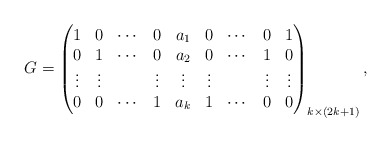
\begin{align*}G=\begin{pmatrix}1 & 0 & \cdots & 0 & a_1 & 0 & \cdots & 0 & 1\\0 & 1 & \cdots & 0 & a_2 & 0 & \cdots & 1 & 0\\\vdots & \vdots & & \vdots & \vdots & \vdots & & \vdots & \vdots \\0 & 0 & \cdots & 1 & a_k & 1 & \cdots & 0 & 0\\\end{pmatrix}_{k\times (2k+1)},\end{align*}